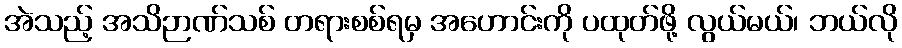
အဲသည့် အသိဉာဏ်သစ် တရားစစ်ရမှ အဟောင်းကို ပထုတ်ဖို့ လွယ်မယ်၊ ဘယ်လို